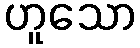
ဟူသော